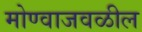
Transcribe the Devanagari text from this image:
मोण्वाजवळील